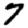
Digit: 7